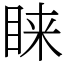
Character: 睐